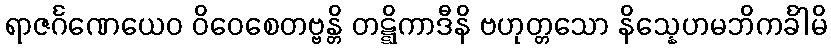
ရာဇင်္ဂဏေယေဝ ဝိဝေစေတဗ္ဗန္တိ တဋ္ဋိကာဒီနိ ဗဟုတ္တသော နိသ္နေဟမဘိကင်္ခါမိ